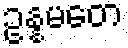
ဥန္နမတေ